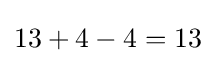
13+4-4=13